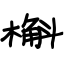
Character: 槲